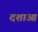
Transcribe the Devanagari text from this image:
दशाआ